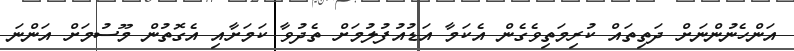
އަންހެނުންނަށް ދަތިތައް ކުރިމަތިވެގެން އެކަމާ އަޑުއުފުލުމަށް ތެދުވާ ކަމަށާއި އެގޮތުން މޫސުމަށް އަންނަ